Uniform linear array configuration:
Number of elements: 64
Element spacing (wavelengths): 0.5
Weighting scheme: binomial
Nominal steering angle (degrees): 15
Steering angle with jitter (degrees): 16.637
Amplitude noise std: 0.05
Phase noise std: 0.05

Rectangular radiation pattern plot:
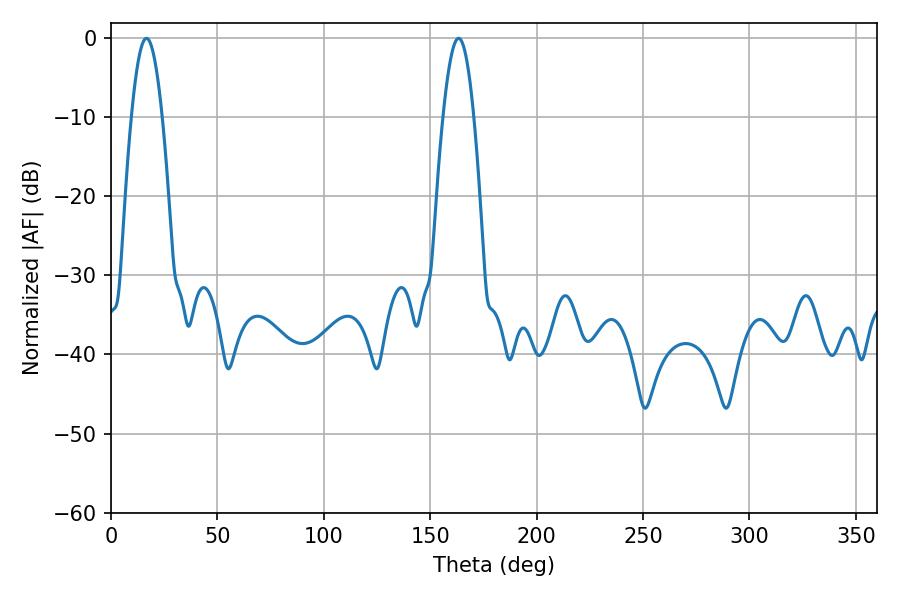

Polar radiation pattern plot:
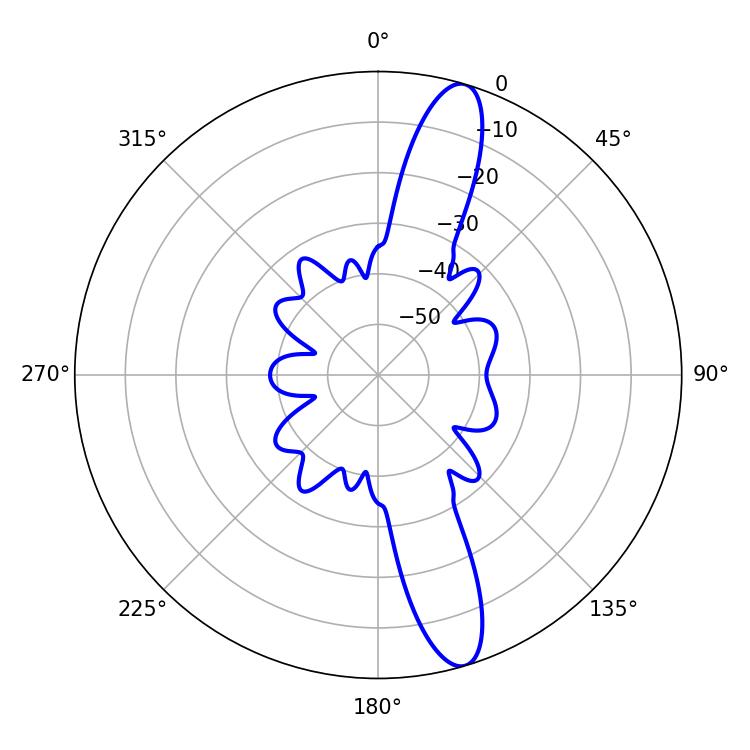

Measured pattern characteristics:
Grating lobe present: FALSE
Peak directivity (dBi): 13.689
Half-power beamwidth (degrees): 7.92
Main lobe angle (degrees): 16.74